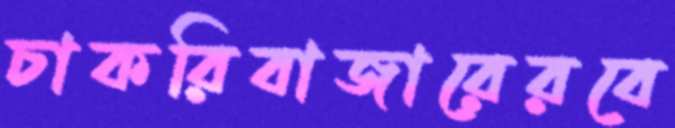
চাকরিবাজারেরবে